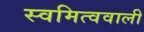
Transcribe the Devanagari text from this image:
स्वमित्ववाली